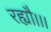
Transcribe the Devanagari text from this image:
रह्यौ।।।